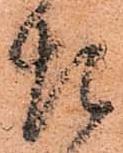
た